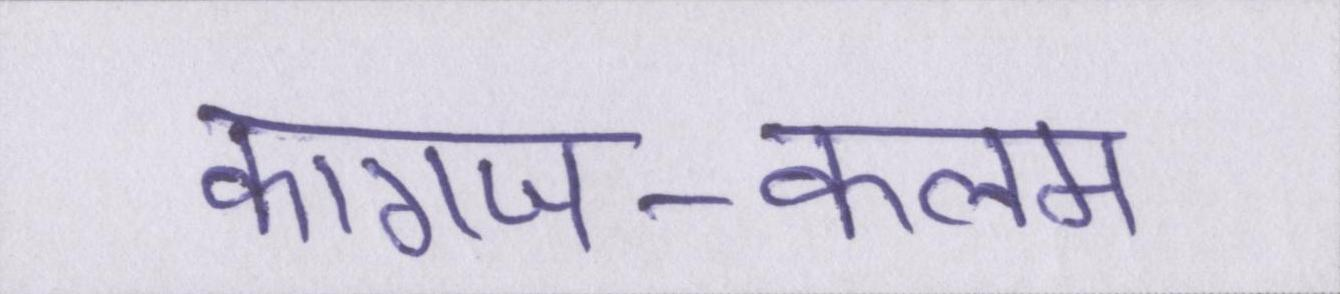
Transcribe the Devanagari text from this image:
कागज-कलम